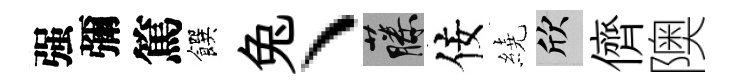
强彌篤饌兔丶藤佞繞欣儕隩